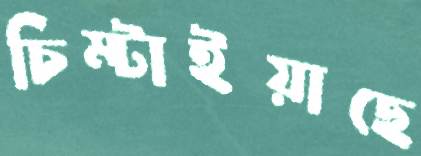
চিম্‌টাইয়াছে